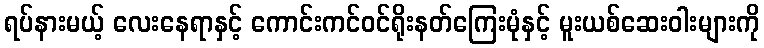
ရပ်နားမယ့် လေးနေရာနှင့် ကောင်းကင်ဝင်ရိုးနတ်ကြေးမုံနှင့် မူးယစ်ဆေးဝါးများကို